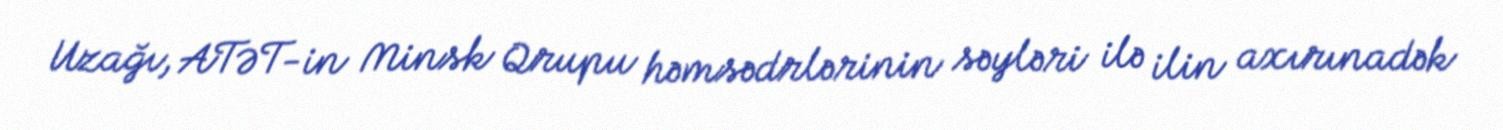
Uzağı, ATƏT-in Minsk Qrupu həmsədrlərinin səyləri ilə ilin axırınadək